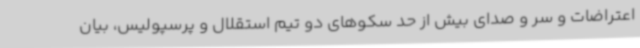
اعتراضات و سر و صدای بیش از حد سکوهای دو تیم استقلال و پرسپولیس، بیان